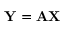
{ \bf Y } = { \bf A } { \bf X }